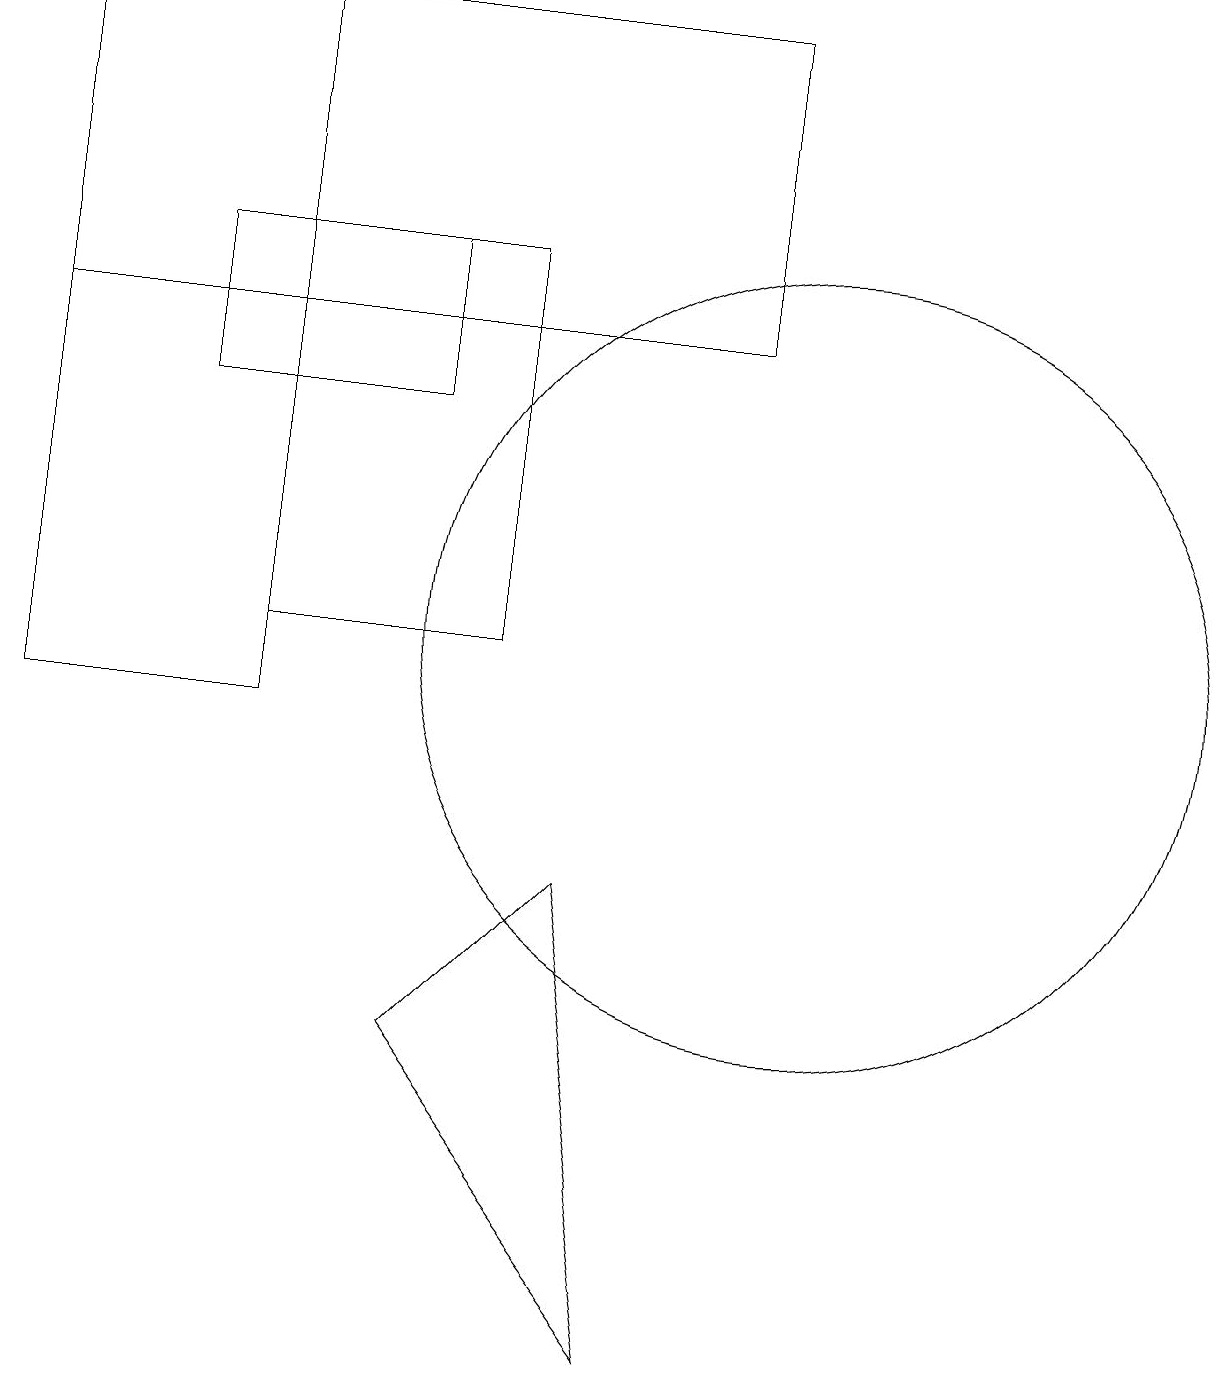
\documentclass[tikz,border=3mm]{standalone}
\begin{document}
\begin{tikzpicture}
\draw (0,19) rectangle (9,15);
\draw (0,10) rectangle (3,19);
\draw (3,16) rectangle (6,11);
\draw (7,8) -- (8,2) -- (5,6) -- cycle;
\draw (10,11) circle (5);
\draw (2,16) rectangle (5,14);
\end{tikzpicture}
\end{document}